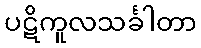
ပဋိကူလသင်္ခါတာ